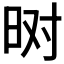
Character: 𬀮